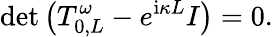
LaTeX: \operatorname*{det}\left(T_{0,L}^{\omega}-e^{\mathrm{i}\kappa L}I\right)=0.